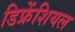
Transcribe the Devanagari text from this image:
डिफ्रेंशियल